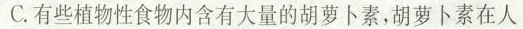
C.有些植物性食物内含有大量的胡萝卜素，胡萝卜素在人